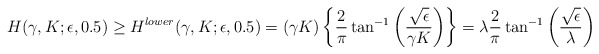
\begin{align*}&H(\gamma, K; \epsilon,0.5) \geq H^{lower}(\gamma,K;\epsilon,0.5)= (\gamma K) \left\{\frac{2}{\pi}\tan^{-1}\left(\frac{\sqrt{\epsilon}}{\gamma K}\right)\right\}= \lambda \frac{2}{\pi}\tan^{-1}\left(\frac{\sqrt{\epsilon}}{\lambda}\right)\end{align*}